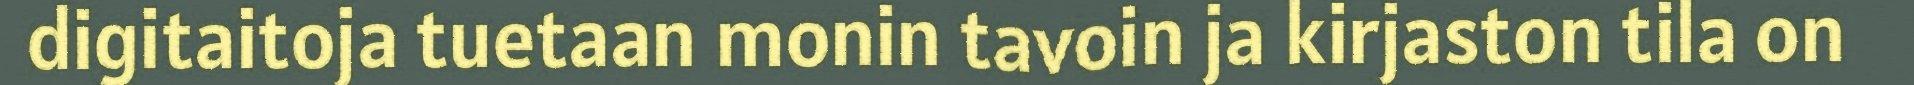
digitaitoja tuetaan monin tavoin ja kirjaston tila on